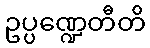
ဥပ္ပဏ္ဍေတီတိ